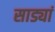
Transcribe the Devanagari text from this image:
साड्यां